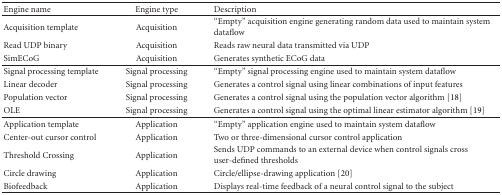
<table><thead><tr><td><b> Engine name</b></td><td><b> Engine type</b></td><td><b> Description</b></td></tr></thead><tbody><tr><td> Acquisition template</td><td> Acquisition</td><td> “Empty” acquisition engine generating random data used to maintain system dataflow</td></tr><tr><td>Read UDP binary</td><td> Acquisition</td><td> Reads raw neural data transmitted via UDP</td></tr><tr><td>SimECoG</td><td> Acquisition</td><td> Generates synthetic ECoG data</td></tr><tr><td> Signal processing template</td><td> Signal processing</td><td> “Empty” signal processing engine used to maintain system dataflow</td></tr><tr><td>Linear decoder</td><td> Signal processing</td><td> Generates a control signal using linear combinations of input features</td></tr><tr><td>Population vector</td><td> Signal processing</td><td> Generates a control signal using the population vector algorithm [18]</td></tr><tr><td>OLE</td><td> Signal processing</td><td> Generates a control signal using the optimal linear estimator algorithm [19] </td></tr><tr><td> Application template</td><td> Application</td><td> “Empty” application engine used to maintain system dataflow</td></tr><tr><td>Center-out cursor control</td><td> Application</td><td> Two or three-dimensional cursor control application</td></tr><tr><td>Threshold Crossing</td><td> Application</td><td> Sends UDP commands to an external device when control signals cross user-defined thresholds</td></tr><tr><td>Circle drawing</td><td> Application</td><td> Circle/ellipse-drawing application [20]</td></tr><tr><td>Biofeedback</td><td> Application</td><td> Displays real-time feedback of a neural control signal to the subject</td></tr></tbody></table>